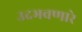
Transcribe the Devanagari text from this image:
उदभवणारे